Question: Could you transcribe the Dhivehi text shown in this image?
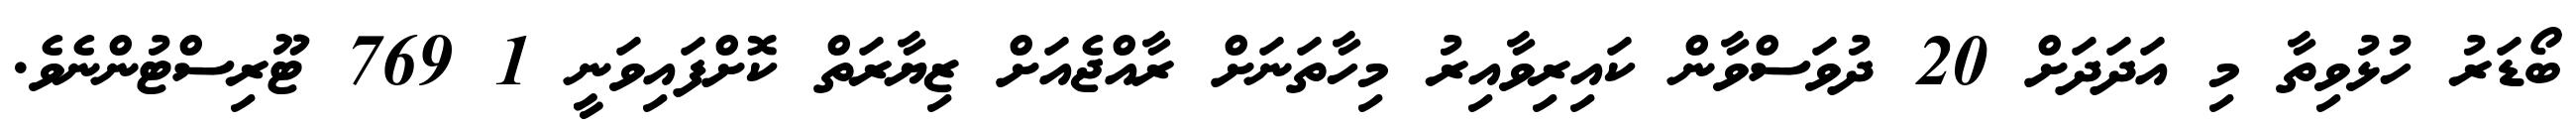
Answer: ބޯޑަރު ހުޅުވިތާ މި އަދަދަށް 20 ދުވަސްވާން ކައިރިވާއިރު މިހާތަނަށް ރާއްޖެއަށް ޒިޔާރަތް ކޮށްފައިވަނީ 1 769 ޓޫރިސްޓުންނެވެ.